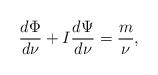
LaTeX: \begin{align*} \frac{d\Phi}{d\nu} + I\frac{d\Psi}{d\nu} = \frac{m}{\nu},\end{align*}